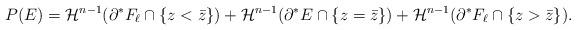
LaTeX: \begin{align*}P(E)= \mathcal{H}^{n-1} ( \partial^{*} F_{\ell} \cap \{z < \bar{z} \} ) + \mathcal{H}^{n-1} ( \partial^{*} E \cap \{z = \bar{z} \} ) + \mathcal{H}^{n-1} ( \partial^{*} F_{\ell} \cap \{ z > \bar{z} \} ).\end{align*}